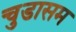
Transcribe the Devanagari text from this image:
चुडासम